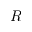
R